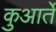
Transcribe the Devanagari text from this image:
कुआर्ते